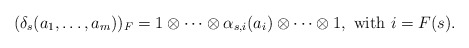
\begin{align*}(\delta_s(a_1,\ldots, a_m))_F = 1\otimes \cdots\otimes \alpha_{s,i}(a_i)\otimes\cdots\otimes 1, \textrm{ with } i = F(s).\end{align*}